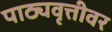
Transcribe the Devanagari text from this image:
पाठ्यवृत्तीवर